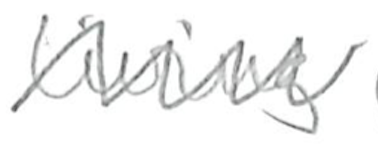
Text: living
Cross-out: zig-zag
Writing tool: pencil